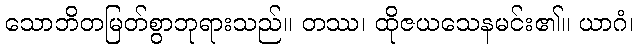
သောဘိတမြတ်စွာဘုရားသည်။ တဿ၊ ထိုဇယသေနမင်း၏။ ယာဂံ၊